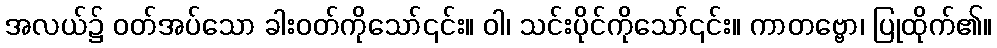
အလယ်၌ ဝတ်အပ်သော ခါးဝတ်ကိုသော်၎င်း။ ဝါ၊ သင်းပိုင်ကိုသော်၎င်း။ ကာတဗ္ဗော၊ ပြုထိုက်၏။